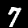
Digit: 7